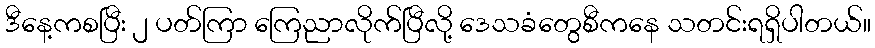
ဒီနေ့ကစပြီး ၂ ပတ်ကြာ ကြေညာလိုက်ပြီလို့ ဒေသခံတွေစီကနေ သတင်းရရှိပါတယ်။